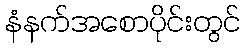
နံနက်အစောပိုင်းတွင်